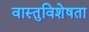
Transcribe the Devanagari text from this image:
वास्तुविशेषता